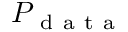
P _ { \mathrm { ~ d ~ a ~ t ~ a ~ } }